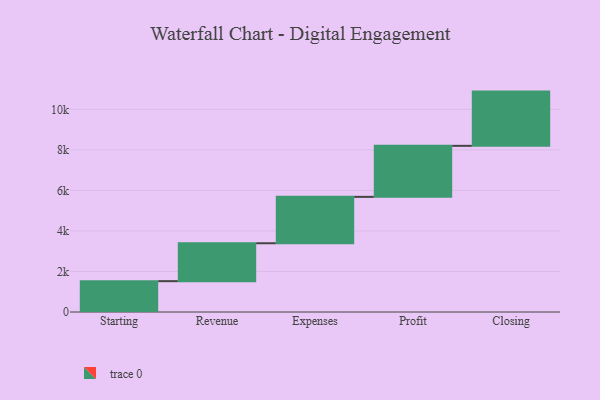
{"axis": {"x": "Step", "y": "Value"}, "legend": [""], "data": [{"x": "Starting", "y": 1522.0, "type": ""}, {"x": "Revenue", "y": 1871.0, "type": ""}, {"x": "Expenses", "y": 2290.0, "type": ""}, {"x": "Profit", "y": 2518.0, "type": ""}, {"x": "Closing", "y": 2677.0, "type": ""}]}